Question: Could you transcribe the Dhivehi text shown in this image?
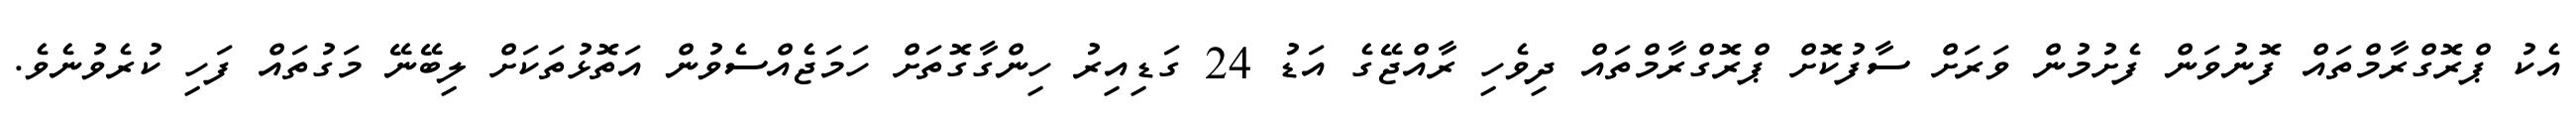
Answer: އެކު ޕްރޮގްރާމްތައް ފޮނުވަން ފެށުމުން ވަރަށް ސާފުކޮށް ޕްރޮގްރާމްތައް ދިވެހި ރާއްޖޭގެ އަޑު 24 ގަޑިއިރު ހިންގާގޮތަށް ހަމަޖެއްސެވުން އަތޮޅުތަކަށް ލިބޭނޭ މަގުތައް ފަހި ކުރެވުނެވެ.